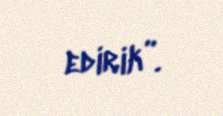
edirik”.